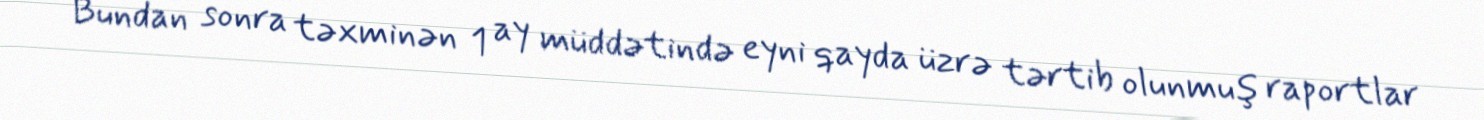
Bundan sonra təxminən 1 ay müddətində eyni qayda üzrə tərtib olunmuş raportlar